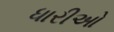
ધારીઓ